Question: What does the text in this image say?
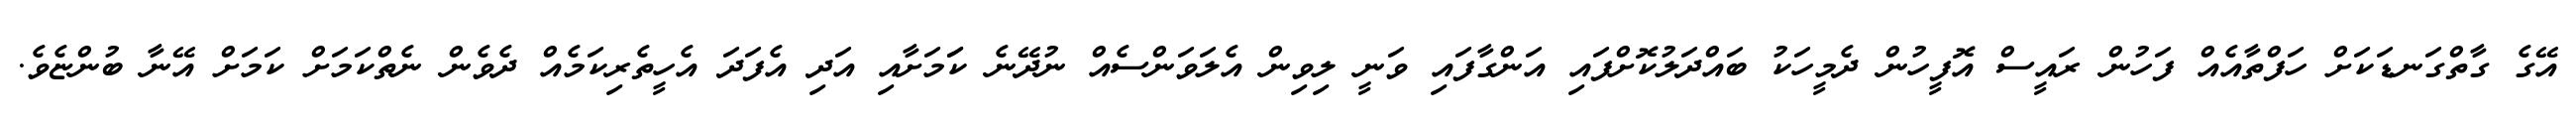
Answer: އޭގެ ގާތްގަނޑަކަށް ހަފްތާއެއް ފަހުން ރައީސް އޮފީހުން ދެމީހަކު ބައްދަލުކޮށްފައި އަންގާފައި ވަނީ ލިވިން އެލަވަންސެއް ނުދޭނެ ކަަމަށާއި އަދި އެފަދަ އެހީތެރިކަމެއް ދެވެން ނެތްކަމަށް ކަމަށް އޭނާ ބުންޏެވެ.